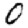
Digit: 0